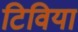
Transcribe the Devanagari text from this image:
टिविया